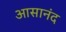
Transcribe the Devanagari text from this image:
आसानंद